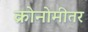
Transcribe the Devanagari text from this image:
क्रोनोमीतर